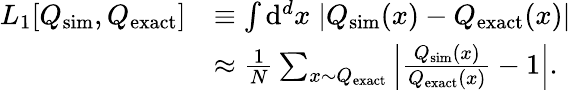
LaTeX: \begin{array}{rl}{L_{1}[Q_{\mathrm{sim}},Q_{\mathrm{exact}}]}&{\equiv\int\mathrm{d}^{d}x\; |Q_{\mathrm{sim}}(x)-Q_{\mathrm{exact}}(x)|}\\ &{\approx\frac{1}{N}\sum_{x{\sim}Q_{\mathrm{exact}}}\left|\frac{Q_{\mathrm{sim}}(x)}{Q_{\mathrm{exact}}(x)}-1\right|.}\end{array}